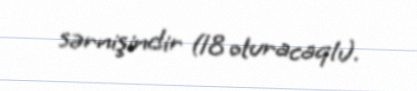
sərnişindir (18 oturacaqlı).